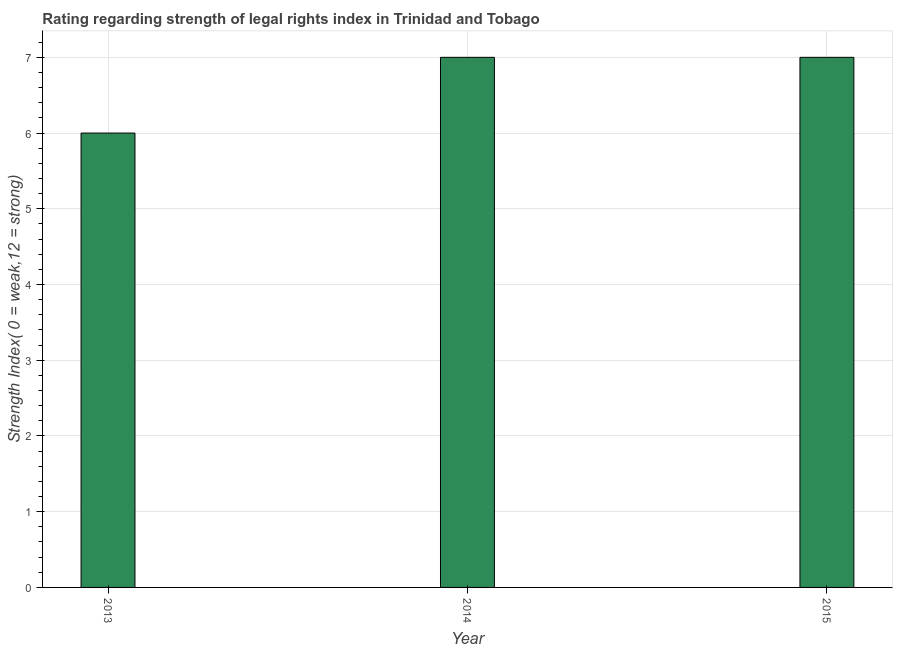
| Year | Strength of legal rights index |
 | --- | --- |
 | 2013 | 6 |
 | 2014 | 7 |
 | 2015 | 7 |